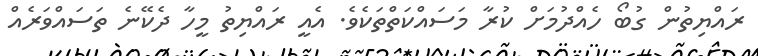
ރައްޔިތުން ގުބޯ ހެއްދުމަށް ކުރާ މަސައްކަތްތަކެވެ. އެއީ ރައްޔިތު މީހާ ދެކޭނެ ތަސައްވަރެއް